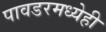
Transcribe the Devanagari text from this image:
पावडरमध्येही